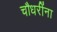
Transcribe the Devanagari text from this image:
चौधरींना